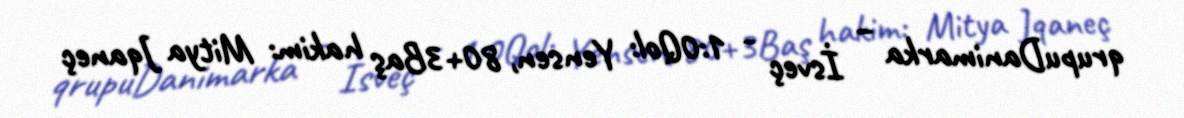
qrupuDanimarka – İsveç - 1:0Qol: Yensen, 80+3Baş hakim: Mitya Jqaneç